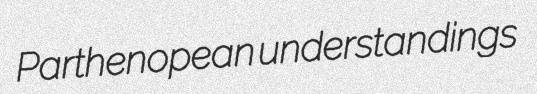
Parthenopean understandings